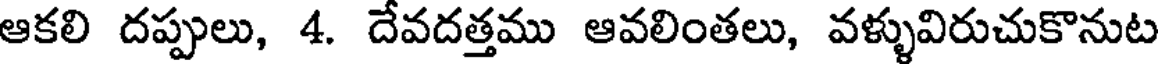
ఆకలి దప్పులు, 4. దేవదత్తము ఆవలింతలు, వళ్ళువిరుచుకొనుట